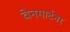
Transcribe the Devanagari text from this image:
वेनगार्टनर